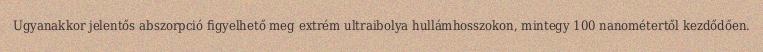
Ugyanakkor jelentős abszorpció figyelhető meg extrém ultraibolya hullámhosszokon, mintegy 100 nanométertől kezdődően.